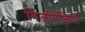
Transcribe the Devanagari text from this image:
गिजगिजियों